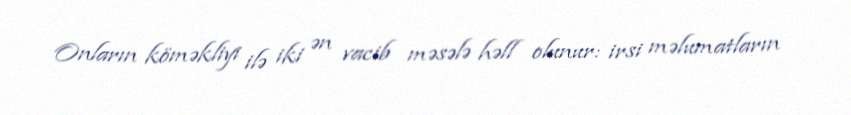
Onların köməkliyi ilə iki ən vacib məsələ həll olunur: irsi məlumatların